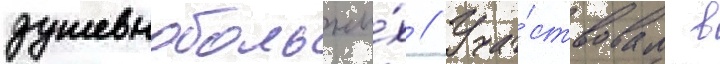
душевнобольны́х // Уча́ствовал в